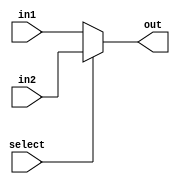
module muxDois1B(in1,in2,select,out);
	input in1, in2,select;
	output wire out;
	reg outReg;
	assign out = outReg;
	always @(*) 
		if(select) outReg = in2;
		else outReg = in1;
endmodule